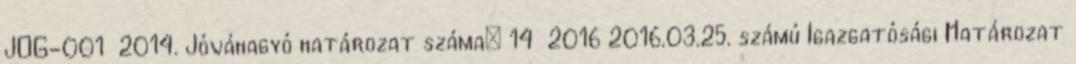
JOG-001 2014. Jóváhagyó határozat száma: 14 2016 2016.03.25. számú Igazgatósági Határozat